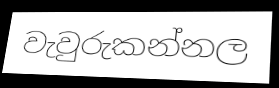
වැවුරුකන්නල